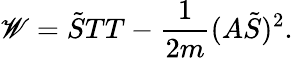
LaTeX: \mathscr{W}=\tilde{{S}}TT-\frac{{1}}{{2m}}(A\tilde{{S}})^{2}.